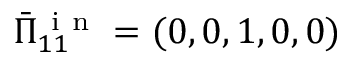
\bar { \Pi } _ { 1 1 } ^ { \mathrm { ~ i ~ n ~ } } = ( 0 , 0 , 1 , 0 , 0 )